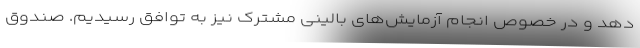
دهد و در خصوص انجام آزمایش‌های بالینی مشترک نیز به توافق رسیدیم. صندوق